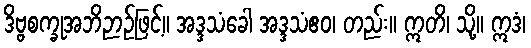
ဒိဗ္ဗစက္ခုအဘိဉာဉ်ဖြင့်။ အဒ္ဒသံခေါ အဒ္ဒသံဧဝ၊ တည်း။ ဣတိ၊ သို့။ ဣဒံ၊